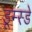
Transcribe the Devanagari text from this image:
डूम्स्डे